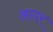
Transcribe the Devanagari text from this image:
अग़र